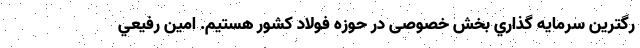
رگترين سرمايه گذاري بخش خصوصی در حوزه فولاد كشور هستيم. امین رفيعي